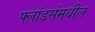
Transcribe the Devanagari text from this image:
फ्लांडर्समधील